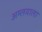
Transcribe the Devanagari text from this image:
अम्लवाला